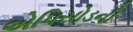
એપિસોડની